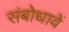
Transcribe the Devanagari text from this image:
संबोधावें